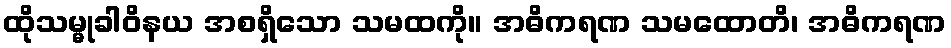
ထိုသမ္မုခါဝိနယ အစရှိသော သမထကို။ အဓိကရဏ သမထောတိ၊ အဓိကရဏ